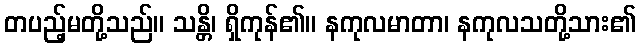
တပည့်မတို့သည်။ သန္တိ၊ ရှိကုန်၏။ နကုလမာတာ၊ နကုလသတို့သား၏